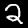
Digit: 2